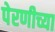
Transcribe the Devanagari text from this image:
पेरणीच्या